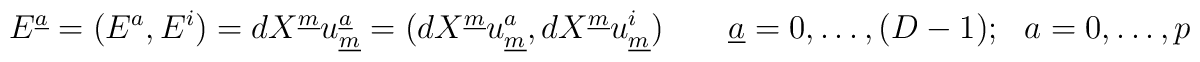
E^{\underline{a}} = (E^a, E^i)= dX^{\underline{m}} u_{\underline{m}}^{\underline{a}} = ( dX^{\underline{m}} u_{\underline{m}}^{a},dX^{\underline{m}} u_{\underline{m}}^{i})\qquad {\underline{a} = 0, \ldots , (D-1); ~~ a = 0, \ldots , p}